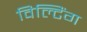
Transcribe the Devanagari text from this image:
विल्टिंग